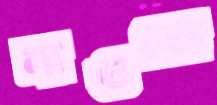
নাওকো